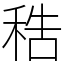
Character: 𥞴